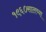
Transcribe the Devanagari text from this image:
१९६०सालच्या